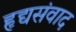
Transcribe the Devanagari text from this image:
हृद्यसंवाद